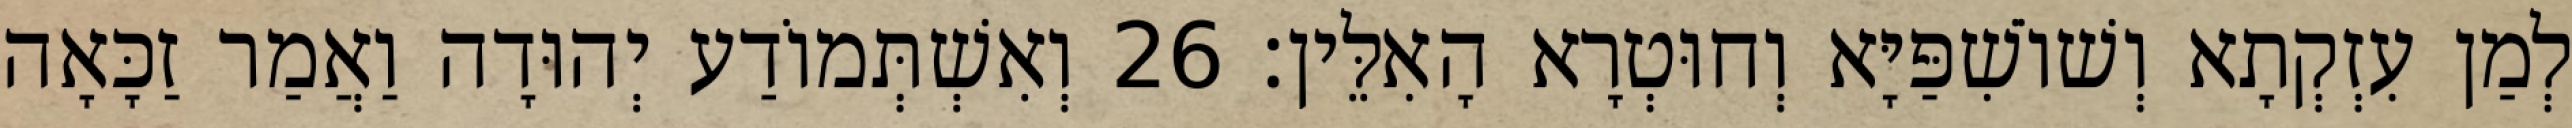
לְמַן עִזְקְתָא וְשׁוֹשִׁפַּיָּא וְחוּטְרָא הָאִלֵּין׃ 26 וְאִשְׁתְּמוֹדַע יְהוּדָה וַאֲמַר זַכָּאָה